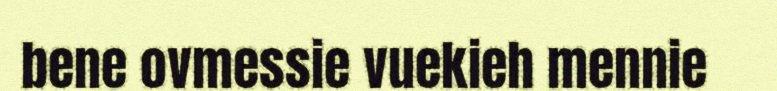
bene ovmessie vuekieh mennie